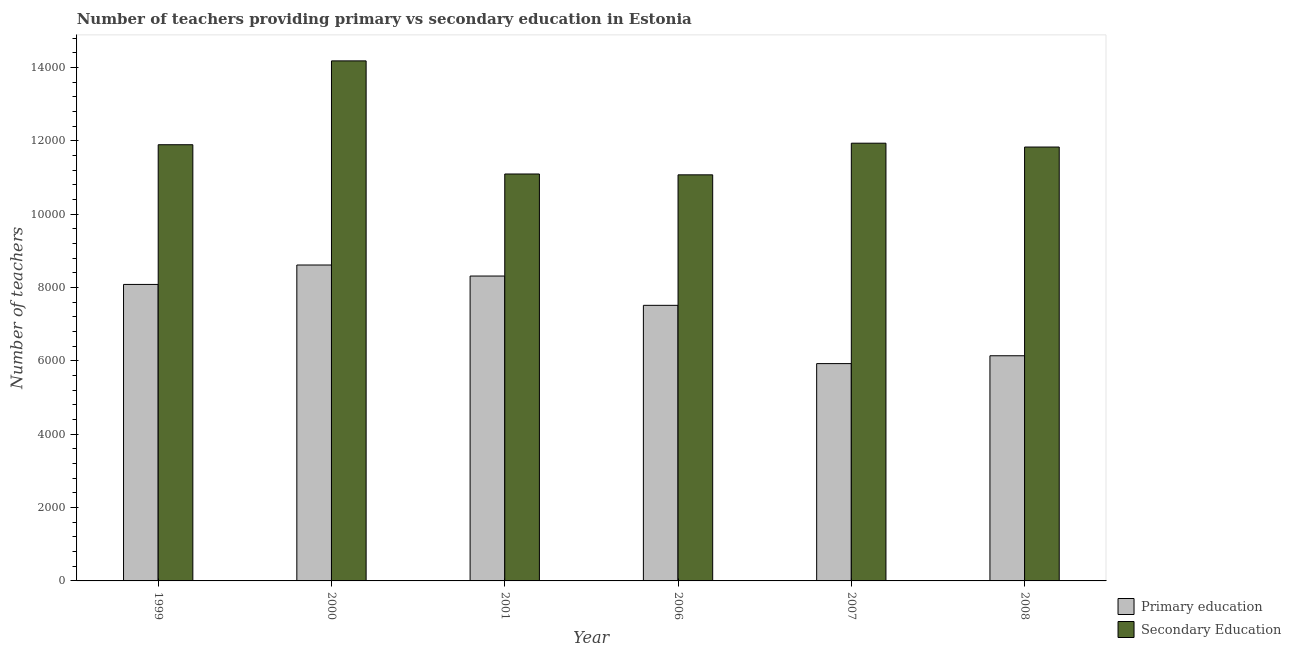
| Year | Primary education | Secondary Education |
 | --- | --- | --- |
 | 1999 | 8.09e+03 | 1.19e+04 |
 | 2000 | 8.62e+03 | 1.42e+04 |
 | 2001 | 8.32e+03 | 1.11e+04 |
 | 2006 | 7.52e+03 | 1.11e+04 |
 | 2007 | 5.93e+03 | 1.19e+04 |
 | 2008 | 6.14e+03 | 1.18e+04 |